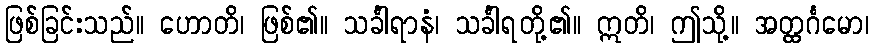
ဖြစ်ခြင်းသည်။ ဟောတိ၊ ဖြစ်၏။ သင်္ခါရာနံ၊ သင်္ခါရတို့၏။ ဣတိ၊ ဤသို့။ အတ္ထင်္ဂမော၊